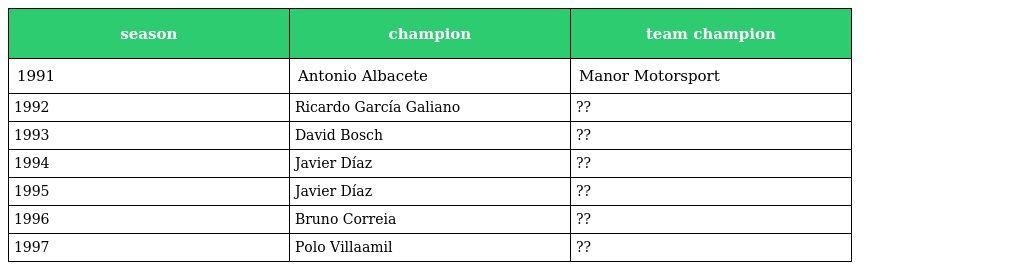
| season | champion | team champion |
 | --- | --- | --- |
 | 1991 | Antonio Albacete | Manor Motorsport |
 | 1992 | Ricardo García Galiano | ?? |
 | 1993 | David Bosch | ?? |
 | 1994 | Javier Díaz | ?? |
 | 1995 | Javier Díaz | ?? |
 | 1996 | Bruno Correia | ?? |
 | 1997 | Polo Villaamil | ?? |